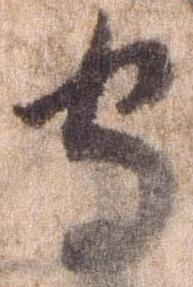
守